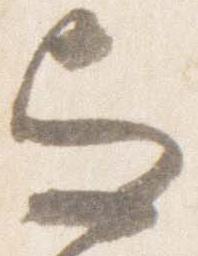
与